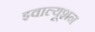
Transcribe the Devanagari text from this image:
इवाल्यूशन